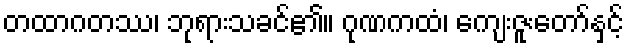
တထာဂတဿ၊ ဘုရားသခင်၏။ ဂုဏကထံ၊ ကျေးဇူးတော်နှင့်